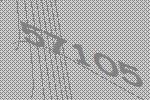
57105